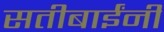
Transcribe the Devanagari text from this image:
सतीबाईंनी